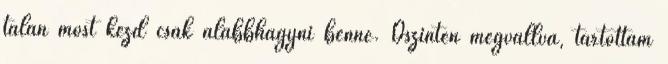
talán most kezd csak alábbhagyni benne. Őszintén megvallva, tartottam